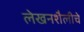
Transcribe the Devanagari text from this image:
लेखनशैलीचे